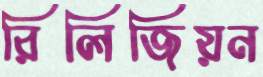
রিলিজিয়ন